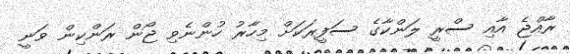
ރާއްޖެ އާއި ސްރީ ލަންކާގެ ސަފީރަކަށް މިހާރު ހުންނެވި ޖޯން ރަންކިން ވަނީ